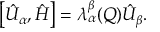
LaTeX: \left[ \hat { U } _ { \alpha } , \hat { H } \right] = \lambda _ { \alpha } ^ { \beta } ( Q ) \hat { U } _ { \beta } .